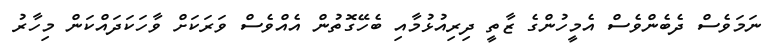
ނަމަވެސް ދެބެންވެސް އެމީހުންގެ ޒާތީ ދިރިއުޅުމާއި ބެހޭގޮތުން އެއްވެސް ވަރަކަށް ވާހަކަދައްކަން މިހާރު